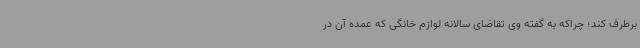
برطرف کند؛ چراکه به گفته وی تقاضای سالانه لوازم خانگی که عمده آن در